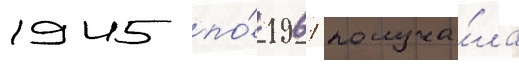
1945 по́ 1961 получа́ла